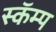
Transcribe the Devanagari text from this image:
स्कॅम्प